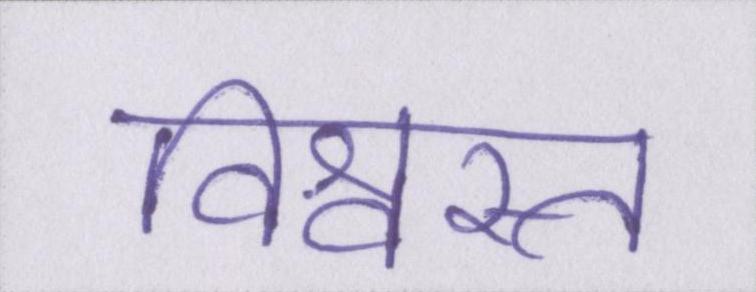
विश्वस्त